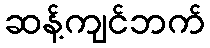
ဆန့်ကျင်ဘက်